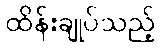
ထိန်းချုပ်သည့်